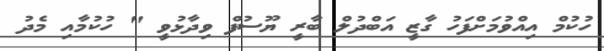
ހުކުމް އިއްވުމަށްފަހު ގާޒީ އަބްދުލް ބާރީ ޔޫސުފް ވިދާޅުވީ " ހުކުމާއި މެދު